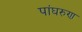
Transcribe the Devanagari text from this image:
पांघरुण